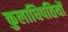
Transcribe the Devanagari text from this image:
कुलाधिपतियों